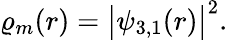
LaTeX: \varrho_{m}(r)=\big|\psi_{3,1}(r)\big|^{2}.